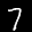
Label: 7